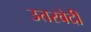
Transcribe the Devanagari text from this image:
उत्तरवेदी